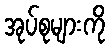
အုပ်စုများကို